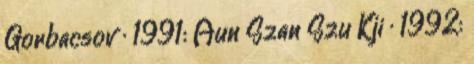
Gorbacsov · 1991: Aun Szan Szu Kji · 1992: